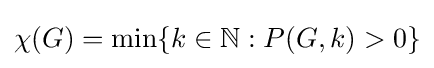
\chi (G)=\min\{k\in \mathbb {N} :P(G,k)>0\}